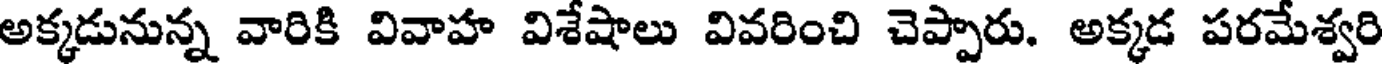
అక్కడునున్న వారికి వివాహ విశేషాలు వివరించి చెప్పారు. అక్కడ పరమేశ్వరి